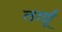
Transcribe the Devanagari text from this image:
तार्द्यू